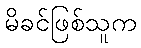
မိခင်ဖြစ်သူက